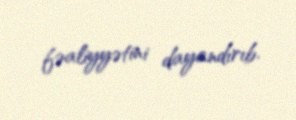
fəaliyyətini dayandırıb.